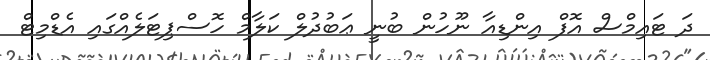
ދަ ޓައިމްސް އޮފް އިންޑިއާ ނޫހުން ބުނީ ޢަބުދުލް ކަލާމް ހޮސްޕިޓަލެއްގައި އެޑްމިޓް